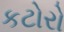
કટોરો